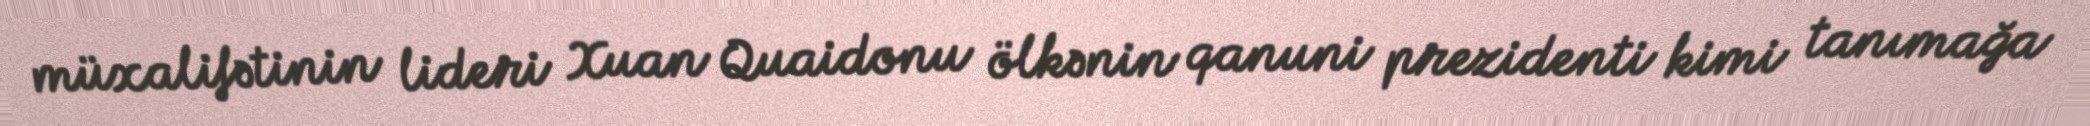
müxalifətinin lideri Xuan Quaidonu ölkənin qanuni prezidenti kimi tanımağa